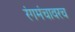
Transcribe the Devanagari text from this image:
रंगमंचावरच